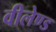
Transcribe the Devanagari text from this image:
वीलेण्ड